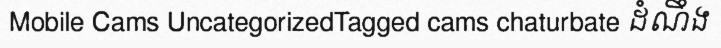
Mobile Cams UncategorizedTagged cams chaturbate ដំណឹង